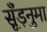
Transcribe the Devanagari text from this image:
सूँड़नुमा